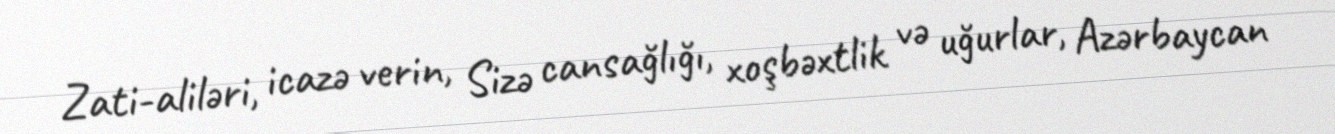
Zati-aliləri, icazə verin, Sizə cansağlığı, xoşbəxtlik və uğurlar, Azərbaycan